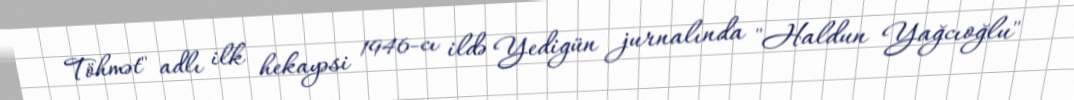
Töhmət" adlı ilk hekayəsi 1946-cı ildə Yedigün jurnalında "Haldun Yağcıoğlu"